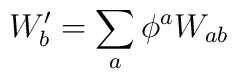
W_b' = \sum_a \phi^a W_{ab}